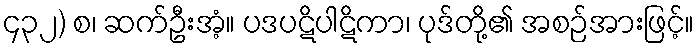
၄၃၂) စ၊ ဆက်ဦးအံ့။ ပဒပဋိပါဋိကာ၊ ပုဒ်တို့၏ အစဉ်အားဖြင့်။